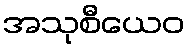
အသုစီယေဝ